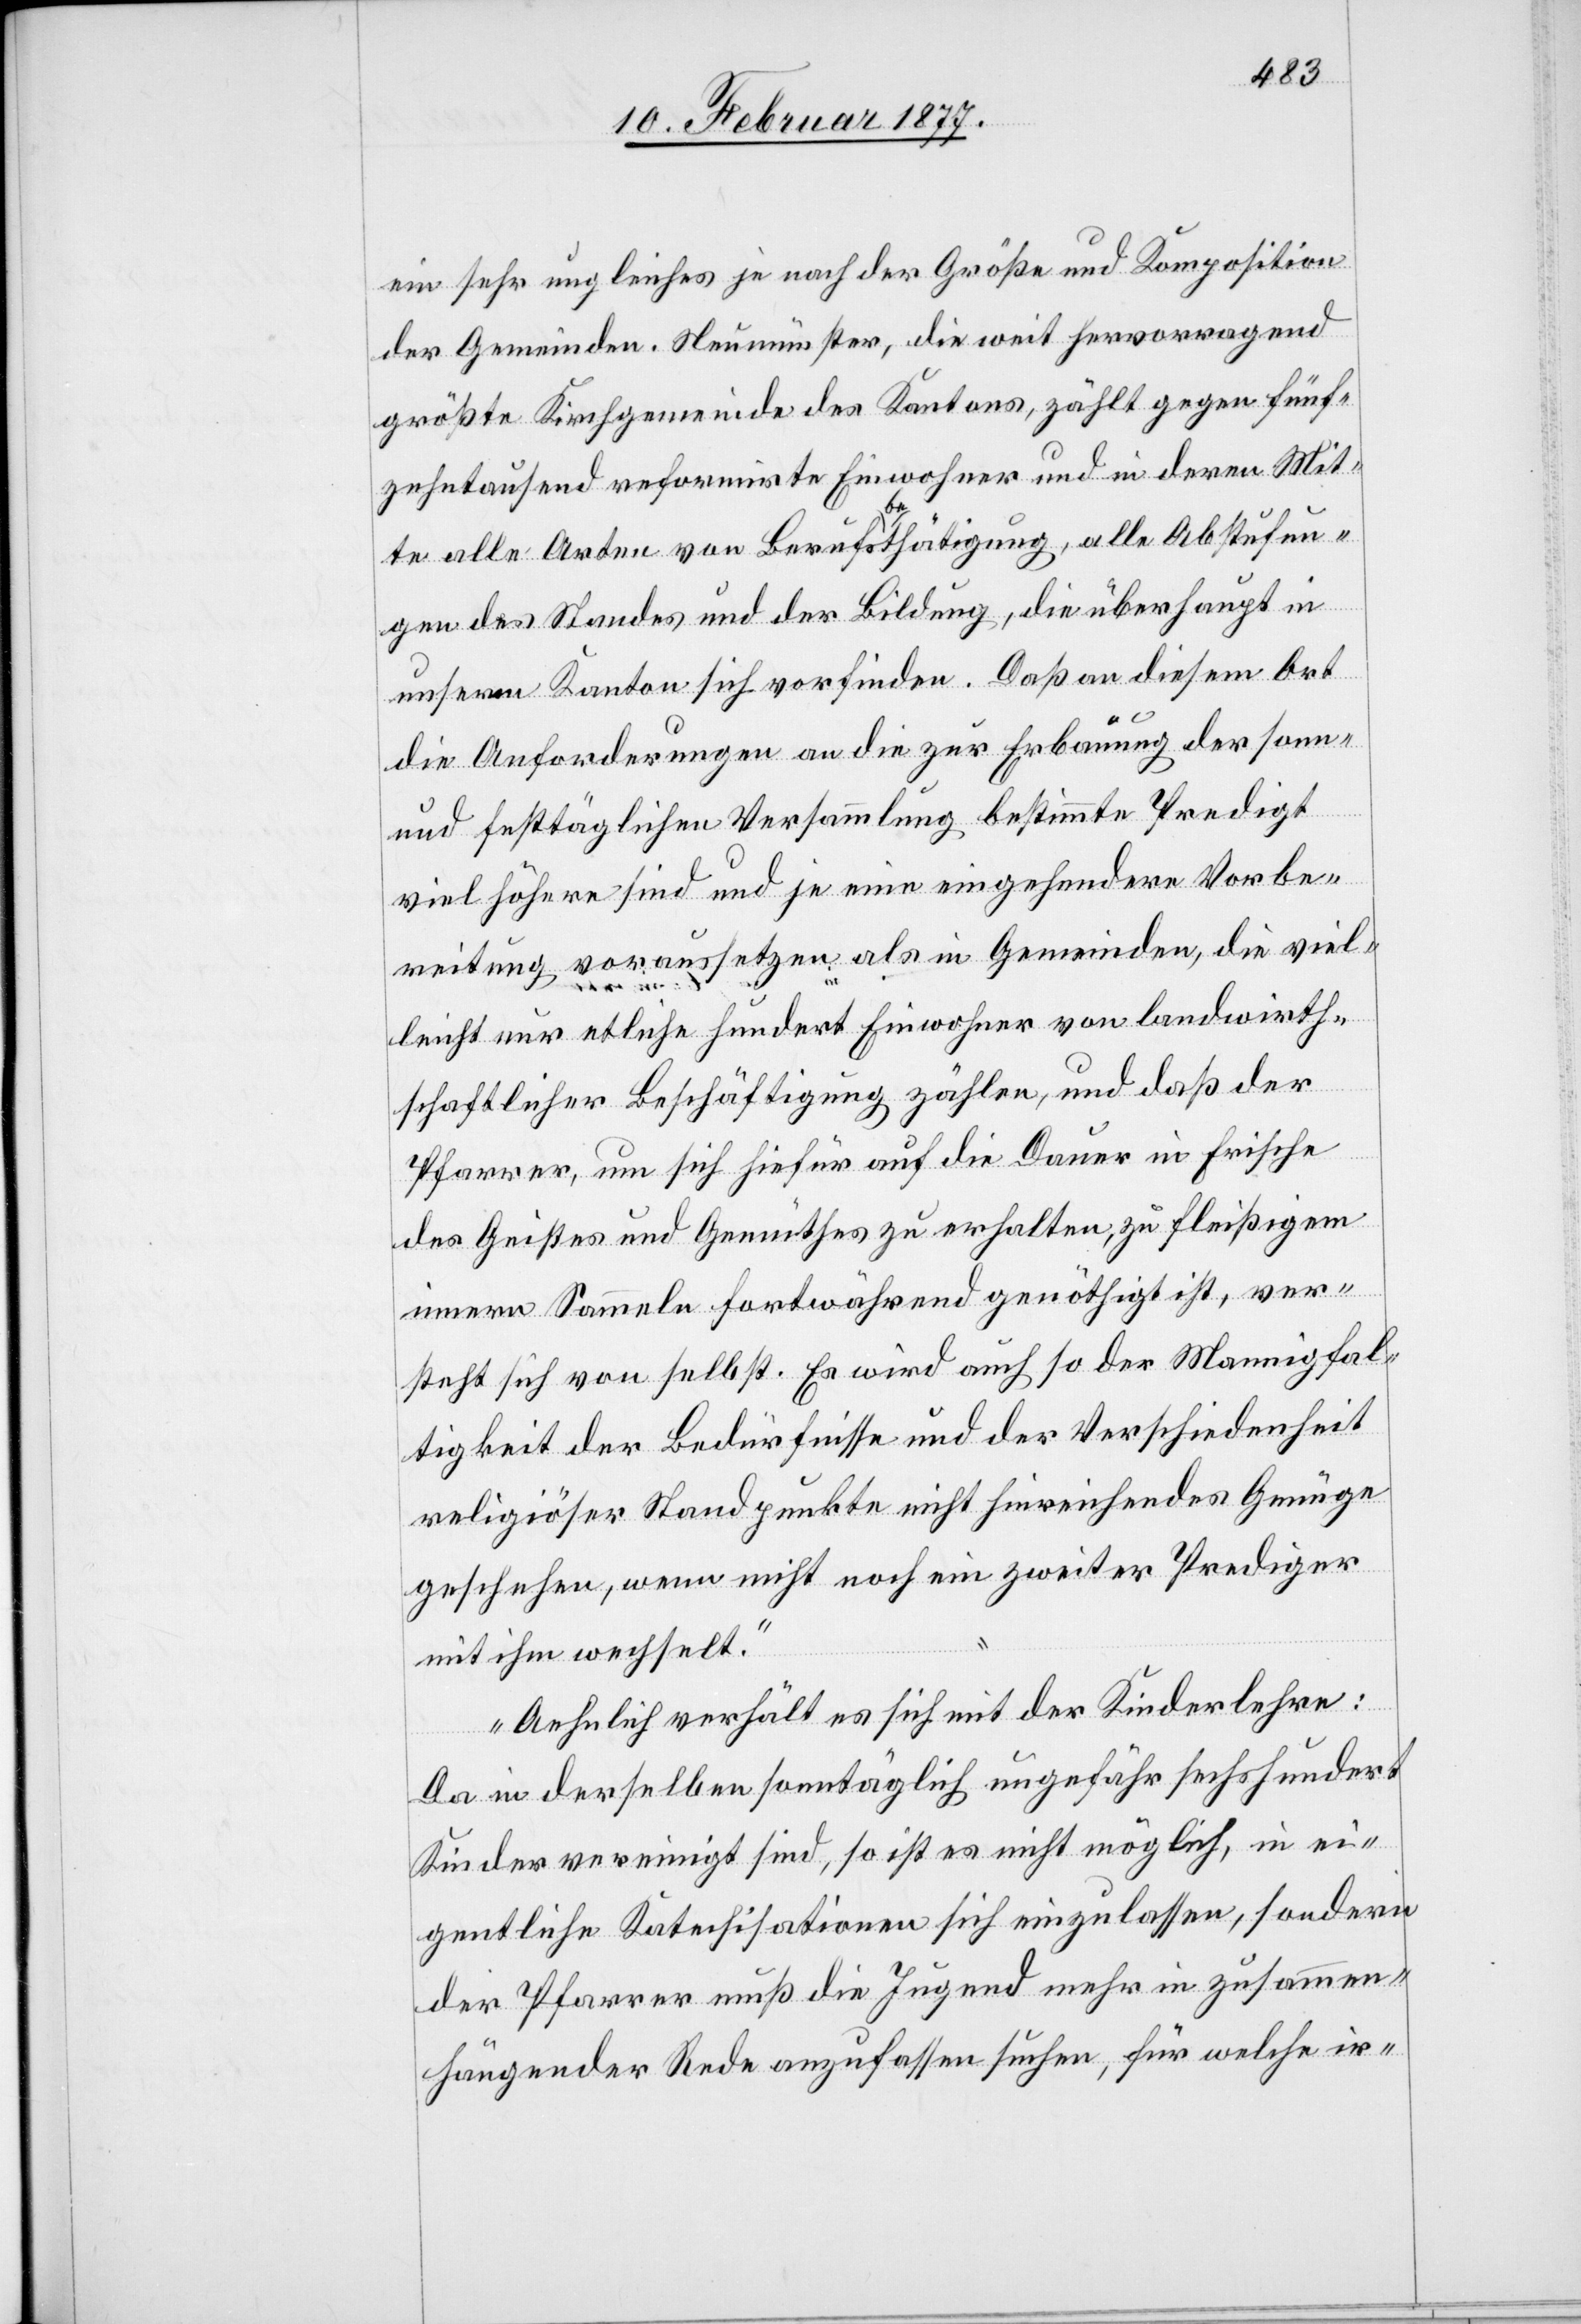
ein sehr ungleiches je nach der Größe und Komposition
der Gemeinden. Neumünster, die weit hervorragend
größte Kirchgemeinde des Kantons, zählt gegen fünf¬
zehntausend reformirte Einwohner und in deren Mit¬
te alle Arten von Berufsbethätigung, alle Abstufun¬
gen des Standes und der Bildung, die überhaupt in
unserm Kanton sich vorfinden. Daß an diesem Ort
die Anforderungen an die zur Erbauung der sonn-
und festtäglichen Versammlung bestimmte Predigt
viel höhere sind und je eine eingehendere Vorbe¬
reitung voraussetzen als in Gemeinden, die viel¬
leicht nur etliche hundert Einwohner von landwirth¬
schaftlicher Beschäftigung zählen, und daß der
Pfarrer, um sich hiefür auf die Dauer in Frische
des Geistes und Gemüthes zu erhalten, zu fleißigem
innern Sammeln fortwährend genöthigt ist, ver¬
steht sich von selbst. Es wird auch so der Mannigfal¬
tigkeit der Bedürfnisse und der Verschiedenheit
religiöser Standpunkte nicht hinreichendes Genüge
geschehen, wenn nicht noch ein zweiter Prediger
mit ihm wechselt.
Aehnlich verhält es sich mit der Kinderlehre:
Da in derselben sonntäglich ungefähr sechshundert
Kinder vereinigt sind, so ist es nicht möglich, in ei¬
gentliche Katechisationen sich einzulassen, sondern
der Pfarrer muß die Jugend mehr in zusammen¬
hängender Rede anzufassen suchen, für welche ir-